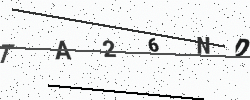
Text: TA26ND